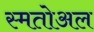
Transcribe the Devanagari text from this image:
स्मतोअल